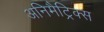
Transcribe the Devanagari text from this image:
अनिमैट्रिक्स